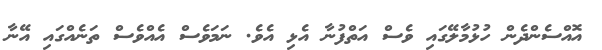
އޮއްސެންދެން ހުޅުމާލޭގައި ވެސް އަތްފުނާ އެޅި އެވެ. ނަމަވެސް އެއްވެސް ތަނެއްގައި އޭނާ